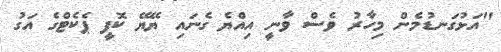
"އަޅުގަނޑުމެން މިހާރު ވެސް ވާނީ އިއްޔެ ގެނައި ޔޭޔޭ ކޮފީ ޕެކެޓްގެ އަގު